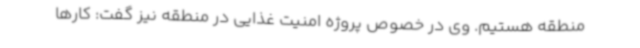
منطقه هستیم. وی در خصوص پروژه امنیت غذایی در منطقه نیز گفت: کارها